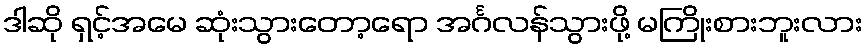
ဒါဆို ရှင့်အမေ ဆုံးသွားတော့ရော အင်္ဂလန်သွားဖို့ မကြိုးစားဘူးလား